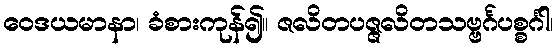
ဝေဒယမာနာ၊ ခံစားကုန်၍။ ဇလိတပဇ္ဇလိတသဗ္ဗင်္ဂပစ္စင်္ဂါ၊